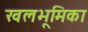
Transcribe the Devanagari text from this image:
खलभूमिका